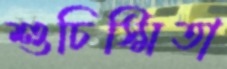
শুচিস্মিতা